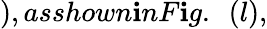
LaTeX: ),asshown\mathbf{i}nF\mathbf{i}g.~~(l),